Lunatic asylums Central Provinces reports 1886-1894 - 1886-1894
Year: 1886
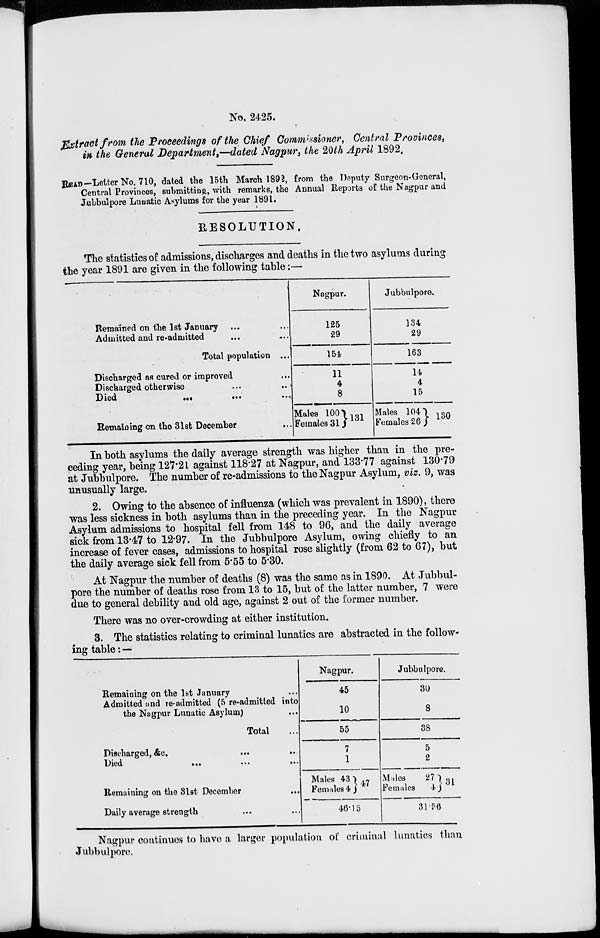
No. 2425.
Extract from the Proceedings of the Chief Commissioner, Central Provinces,
in the General Department,—dated Nagpur, the 20th April 1892.
READ—Letter No. 710, dated the 15th March 1892, from the Deputy Surgeon. General,
Central Provinces, submitting, with remarks, the Annual Reports of the Nagpur and
Jubbulpore Lunatic Asylums for the year 1891.
RESOLUTION.
The statistics of admissions, discharges and deaths in the two asylums during
the year 1891 are given in the following table:—
Remained on the 1st January ... ...
Admitted and re-admitted ... ...
Total population ...
Discharged as cured or improved ...
Discharged otherwise ... ...
Died
...
...
...
Remaining on the 31st December ...
Nagpur.
125
29
154
11
4
8
Males 100
Females 31
131
Jubbulpore.
134
29
163
14
4
15
Males 104
Females 26
130
In both asylums the daily average strength was higher than in the pre-
ceding year, being 127.21 against 118.27 at Nagpur, and 133.77 against 130.79
at Jubbulpore. The number of re-admissions to the Nagpur Asylum, viz. 9, was
unusually large.
2. Owing to the absence of influenza (which was prevalent in 1890), there
was less sickness in both asylums than in the preceding year. In the Nagpur
Asylum admissions to hospital fell from 148 to 96, and the daily average
sick from 13.47 to 12.97. In the Jubbulpore Asylum, owing chiefly to an
increase of fever cases, admissions to hospital rose slightly (from 62 to 67), but
the daily average sick fell from 5.55 to 5.30.
At Nagpur the number of deaths (8) was the same as in 1890. At Jubbul-
pore the number of deaths rose from 13 to 15, but of the latter number, 7 were
due to general debility and old age, against 2 out of the former number.
There was no over-crowding at either institution.
3. The statistics relating to criminal lunatics are abstracted in the follow-
ing table: —
Remaining on the 1st January ...
Admitted and re-admitted (5 re-admitted into
the Nagpur Lunatic Asylum) ...
Total ...
Discharged, Ac. ... ...
Died ... ...
Remaining on the 31st December ...
Daily average strength ...
Nagpur.
45
10
55
7
1
Males 43
Females 4 47
46.15
Jubbulpore.
30
8
38
5
2
Males
27
Females
4 31
31.56
Nagpur continues to have a larger population of criminal lunatics than
Jubbulpore.